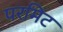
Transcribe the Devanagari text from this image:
परमिट